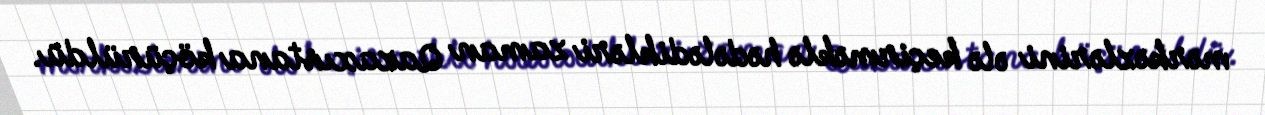
mərkəzlərini ələ keçirməklə hədələdikləri zaman Qazaxıstana köçürüldü.